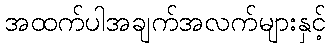
အထက်ပါအချက်အလက်များနှင့်